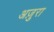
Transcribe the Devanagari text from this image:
अज़ुरा